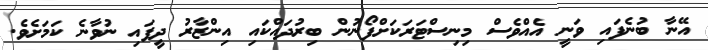
އޭނާ ބުނެފައި ވަނީ އެއްވެސް މިނިސްޓަރަކަށްފޯނުން ބިރުދައްކައި އިންޒާރު ދީފައި ނުވާނެ ކަމަށެވެ.